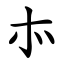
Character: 㝳